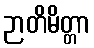
ဉာတိမိတ္တာ